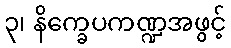
၃၊ နိက္ခေပကဏ္ဍအဖွင့်